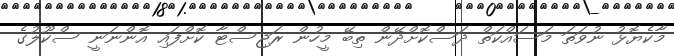
މާކެޔޮޅު ނުވަތަ މަސައްކަތް ދަސްކޮށްދޭން ތިބޭ މީހުން ރަޖިސްޓާ ކޮށްފައި އޮންނަނީ ސްކޫލުގެ